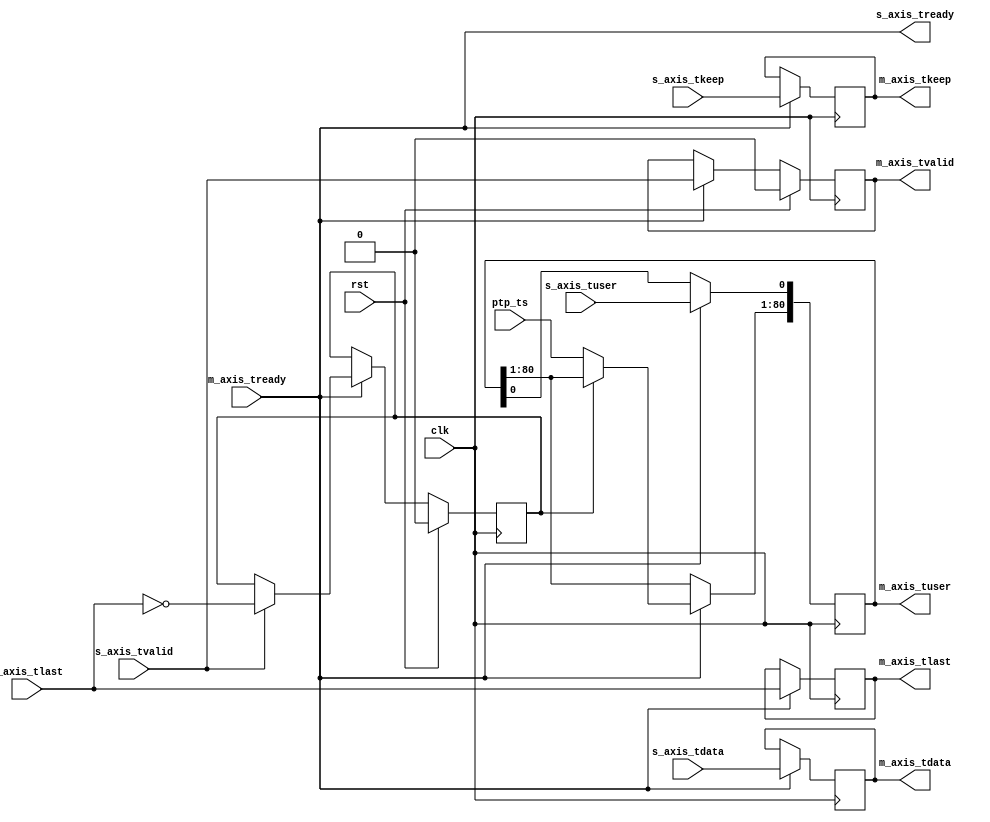
// SPDX-License-Identifier: BSD-2-Clause-Views
/*
 * Copyright (c) 2022-2023 The Regents of the University of California
 */

// Language: Verilog 2001

`resetall
`timescale 1ns / 1ps
`default_nettype none

/*
 * MAC PTP TS insert module
 */
module mac_ts_insert #
(
    // PTP TS width
    parameter PTP_TS_WIDTH = 80,
    // Width of AXI stream interfaces in bits
    parameter DATA_WIDTH = 512,
    // tkeep signal width (words per cycle)
    parameter KEEP_WIDTH = (DATA_WIDTH/8),
    // input tuser signal width
    parameter S_USER_WIDTH = 1,
    // output tuser signal width
    parameter M_USER_WIDTH = S_USER_WIDTH+PTP_TS_WIDTH
)
(
    input  wire                     clk,
    input  wire                     rst,

    /*
     * PTP TS input
     */
    input  wire [PTP_TS_WIDTH-1:0]  ptp_ts,

    /*
     * AXI input
     */
    input  wire [DATA_WIDTH-1:0]    s_axis_tdata,
    input  wire [KEEP_WIDTH-1:0]    s_axis_tkeep,
    input  wire                     s_axis_tvalid,
    output wire                     s_axis_tready,
    input  wire                     s_axis_tlast,
    input  wire [S_USER_WIDTH-1:0]  s_axis_tuser,

    /*
     * AXI output
     */
    output wire [DATA_WIDTH-1:0]    m_axis_tdata,
    output wire [KEEP_WIDTH-1:0]    m_axis_tkeep,
    output wire                     m_axis_tvalid,
    input  wire                     m_axis_tready,
    output wire                     m_axis_tlast,
    output wire [M_USER_WIDTH-1:0]  m_axis_tuser
);

// check configuration
initial begin
    if (KEEP_WIDTH * 8 != DATA_WIDTH) begin
        $error("Error: AXI stream interface requires byte (8-bit) granularity (instance %m)");
        $finish;
    end
end

reg [DATA_WIDTH-1:0] axis_tdata_reg = 0;
reg [KEEP_WIDTH-1:0] axis_tkeep_reg = 0;
reg axis_tvalid_reg = 1'b0;
reg axis_tlast_reg = 1'b0;
reg [M_USER_WIDTH-1:0] axis_tuser_reg = 0;

reg frame_reg = 1'b0;

assign s_axis_tready = m_axis_tready;

assign m_axis_tdata = axis_tdata_reg;
assign m_axis_tkeep = axis_tkeep_reg;
assign m_axis_tvalid = axis_tvalid_reg;
assign m_axis_tlast = axis_tlast_reg;
assign m_axis_tuser = axis_tuser_reg;

always @(posedge clk) begin
    if (s_axis_tready) begin
        if (s_axis_tvalid) begin
            frame_reg <= !s_axis_tlast;
        end

        axis_tdata_reg <= s_axis_tdata;
        axis_tkeep_reg <= s_axis_tkeep;
        axis_tvalid_reg <= s_axis_tvalid;
        axis_tlast_reg <= s_axis_tlast;
        axis_tuser_reg[S_USER_WIDTH-1:0] <= s_axis_tuser;

        if (!frame_reg) begin
            axis_tuser_reg[S_USER_WIDTH +: PTP_TS_WIDTH] <= ptp_ts;
        end
    end

    if (rst) begin
        frame_reg <= 1'b0;
        axis_tvalid_reg <= 1'b0;
    end
end

endmodule

`resetall